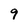
Character: 9